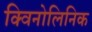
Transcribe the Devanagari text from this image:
क्विनोलिनिक